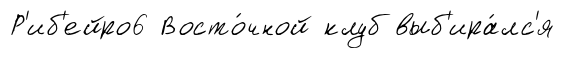
Р'иб'ейро6 Восто́чной клуб выб'ира́лс'я